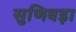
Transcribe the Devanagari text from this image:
सुणिबड़ा